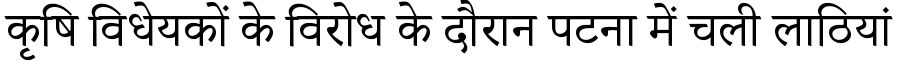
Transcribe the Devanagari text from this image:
कृषि विधेयकों के विरोध के दौरान पटना में चली लाठियां